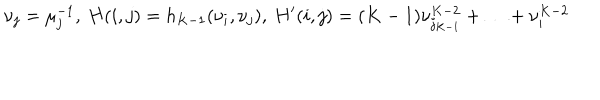
\nu _ { j } = \mu _ { j } ^ { - 1 } , \: H ( i , j ) = h _ { K - 1 } ( \nu _ { i } , \nu _ { j } ) , \: H ^ { \prime } ( i , j ) = ( K - 1 ) \nu _ { j _ { K - 1 } } ^ { K - 2 } + \ldots + \nu _ { i } ^ { K - 2 }